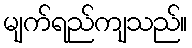
မျက်ရည်ကျသည်။